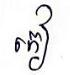
កៀ